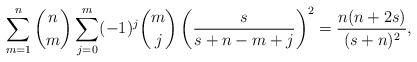
LaTeX: \begin{align*}\sum_{m=1}^{n} \binom{n}{m} \sum_{j=0}^{m} (-1)^{j}\binom{m}{j}\left( \frac{s}{s+n-m+j}\right)^{2} &= \frac{n(n+2s)}{(s+n)^2}, \end{align*}